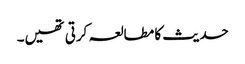
حدیث کا مطالعہ کرتی تھیں۔